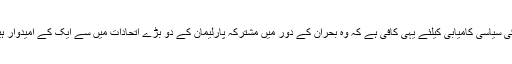
انکی سیاسی کامیابی کیلئے یہی کافی ہے کہ وہ بحران کے دور میں مشترکہ پارلیمان کے دو بڑے اتحادات میں سے ایک کے امیدوار ہیں۔